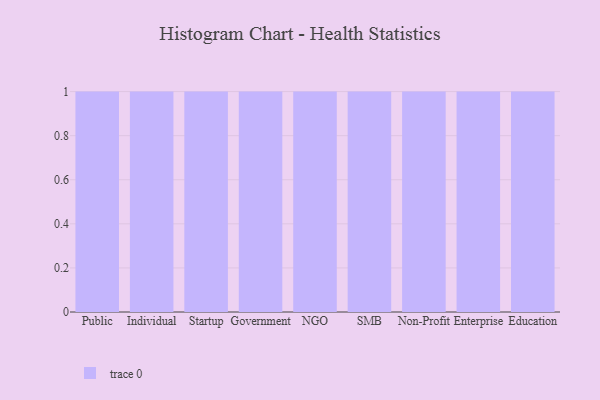
{"axis": {"x": "Segment", "y": "Headcount"}, "legend": [""], "data": [{"x": "Public", "y": 51, "type": ""}, {"x": "Individual", "y": 1, "type": ""}, {"x": "Startup", "y": 27, "type": ""}, {"x": "Government", "y": 25, "type": ""}, {"x": "NGO", "y": 79, "type": ""}, {"x": "SMB", "y": 43, "type": ""}, {"x": "Non-Profit", "y": 25, "type": ""}, {"x": "Enterprise", "y": 68, "type": ""}, {"x": "Education", "y": 54, "type": ""}]}